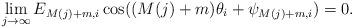
LaTeX: \begin{align*} \lim_{j\to\infty}E_{M(j)+m,i}\cos((M(j)+m)\theta_i+\psi_{{M(j)+m,i}})=0.\end{align*}